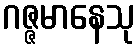
ဂဇ္ဇမာနေသု